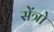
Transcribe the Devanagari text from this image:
सेंत्रो